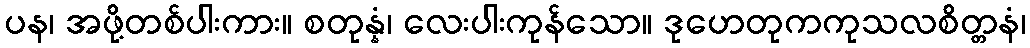
ပန၊ အဖို့တစ်ပါးကား။ စတုန္နံ၊ လေးပါးကုန်သော။ ဒုဟေတုကကုသလစိတ္တနံ၊